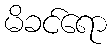
မိခင်ရော